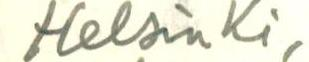
Helsinki,